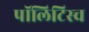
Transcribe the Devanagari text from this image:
पॉलिटिस्च